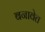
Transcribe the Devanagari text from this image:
बनावेत